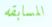
المسابقه